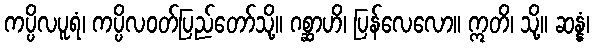
ကပ္ပိလပူရံ၊ ကပ္ပိလဝတ်ပြည်တော်သို့။ ဂစ္ဆာဟိ၊ ပြန်လေလော။ ဣတိ၊ သို့။ ဆန္နံ၊